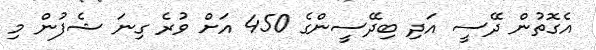
އެގޮތުން ދޭސީ އަދި ބިދޭސީންގެ 450 އަށް ވުރެ ގިނަ ޝެފުން މި